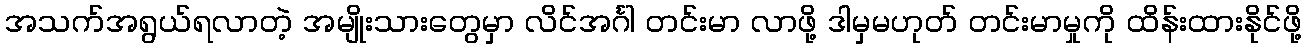
အသက်အရွယ်ရလာတဲ့ အမျိုးသားတွေမှာ လိင်အင်္ဂါ တင်းမာ လာဖို့ ဒါမှမဟုတ် တင်းမာမှုကို ထိန်းထားနိုင်ဖို့